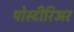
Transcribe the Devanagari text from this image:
पोस्टीरिअर